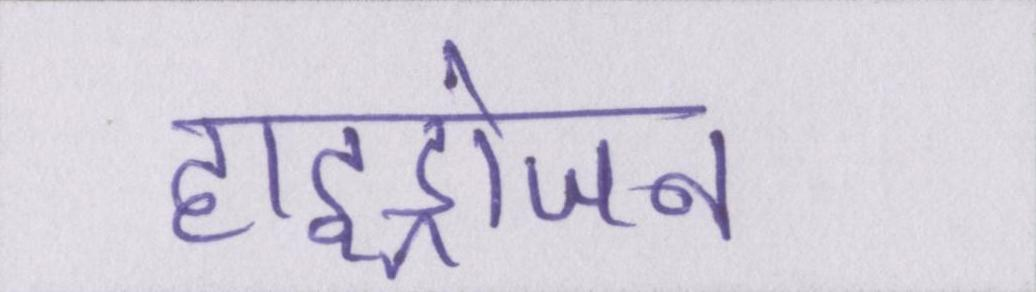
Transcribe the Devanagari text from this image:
हाइड्रोजन